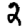
Digit: 2